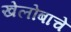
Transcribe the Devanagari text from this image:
खेलोबाचे